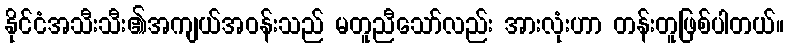
နိုင်ငံအသီးသီး၏အကျယ်အဝန်းသည် မတူညီသော်လည်း အားလုံးဟာ တန်းတူဖြစ်ပါတယ်။